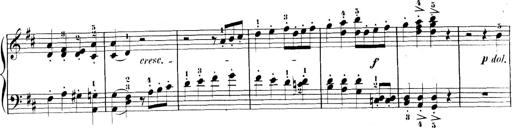
Title: 3 Sonatinen, Op.8
Composer: Isidor Wilhelm Seiss